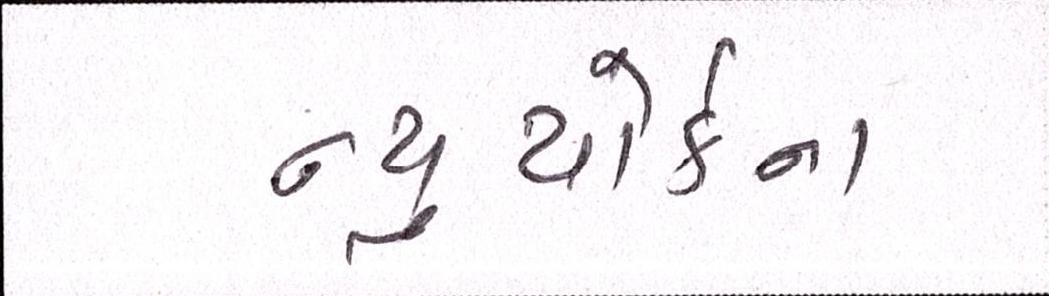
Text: ન્યુયોર્કના